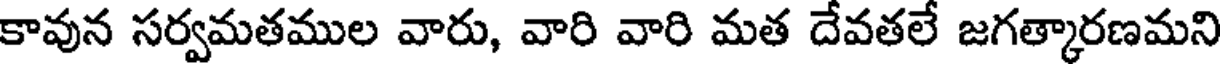
కావున సర్వమతముల వారు, వారి వారి మత దేవతలే జగత్కారణమని